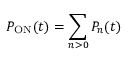
P _ { \mathrm { O N } } ( t ) = \sum _ { n > 0 } P _ { n } ( t )